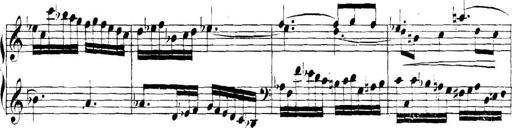
Title: Collected Piano Sonatas
Composer: Muzio Clementi